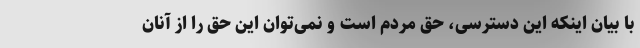
با بیان اینکه این دسترسی، حق مردم است و نمی‌توان این حق را از آنان